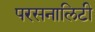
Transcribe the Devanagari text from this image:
परसनालिटी